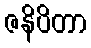
ဇနိပိတာ